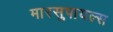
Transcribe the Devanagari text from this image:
मारसुपायल्स